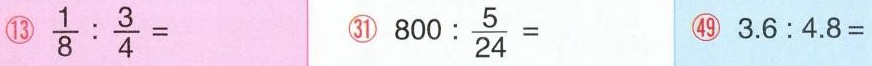
⑬$$\frac { 1 } { 8 } : \frac { 3 } { 4 } =$$ ㉛ $$8 0 0 : \frac { 5 } { 2 4 } =$$ ㊾ $$3 . 6 : 4 . 8 =$$